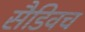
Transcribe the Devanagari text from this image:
सैडिवच